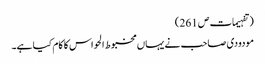
(تفہیمات ص 261 )
مودودی صاحب نے یہاں مخبوط الحواس کا کام کیا ہے۔